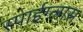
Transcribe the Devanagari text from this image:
स्पाईग्लास